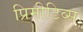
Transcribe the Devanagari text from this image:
प्रिमीटिव्स